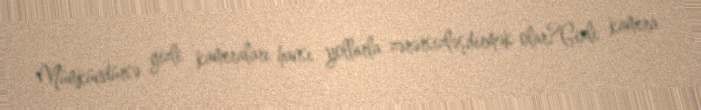
Mümkündürsə gizli kameraları hansı yollarla zərərsizləşdirmək olar?Gizli kamera